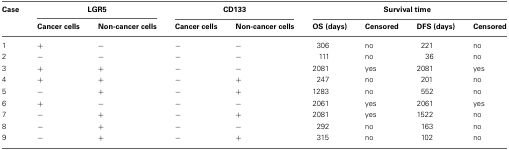
| Case | <COLSPAN=2> LGR5 | <COLSPAN=2> CD133 | <COLSPAN=4> Survival time |
 |  | Cancer cells | Non-cancer cells | Cancer cells | Non-cancer cells | OS (days) | Censored | DFS (days) | Censored |
 | --- | --- | --- | --- | --- | --- | --- | --- | --- |
 | 1 | + | − | − | − | 306 | no | 221 | no |
 | 2 | − | − | − | − | 111 | no | 36 | no |
 | 3 | + | + | − | − | 2081 | yes | 2081 | yes |
 | 4 | + | + | − | + | 247 | no | 201 | no |
 | 5 | − | + | − | + | 1283 | no | 552 | no |
 | 6 | + | − | − | − | 2061 | yes | 2061 | yes |
 | 7 | − | + | − | + | 2081 | yes | 1522 | no |
 | 8 | − | + | − | − | 292 | no | 163 | no |
 | 9 | − | + | − | + | 315 | no | 102 | no |